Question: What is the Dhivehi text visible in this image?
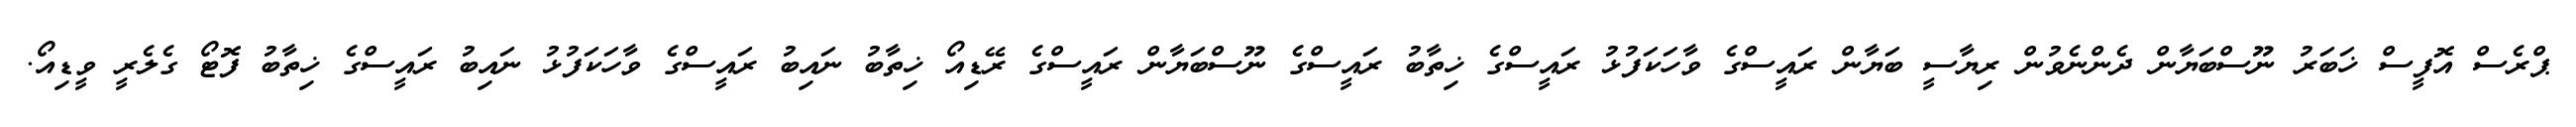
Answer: ޕްރެސް އޮފީސް ޚަބަރު ނޫސްބަޔާން ދެންނެވުން ރިޔާސީ ބަޔާން ރައީސްގެ ވާހަކަފުޅު ރައީސްގެ ޚިތާބު ރައީސްގެ ނޫސްބަޔާން ރައީސްގެ ރޭޑިއޯ ޚިތާބު ނައިބު ރައީސްގެ ވާހަކަފުޅު ނައިބު ރައީސްގެ ޚިތާބު ފޮޓޯ ގެލެރީ ވީޑިއޯ.